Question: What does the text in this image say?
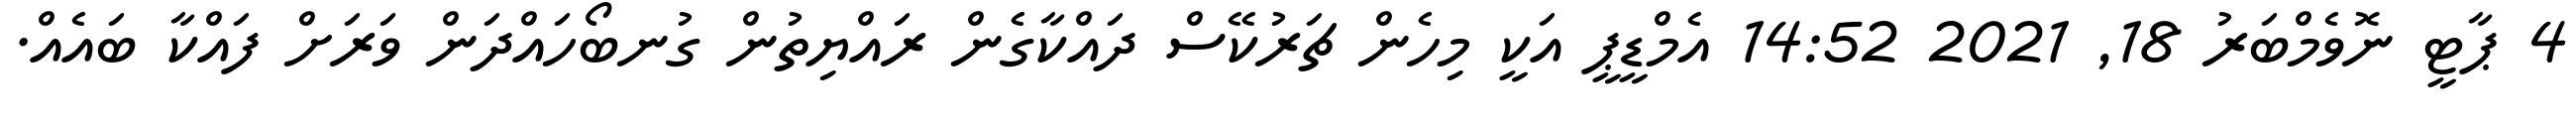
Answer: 4 ޕާޓީ ނޮވެމްބަރު 18, 2021 14:52 އެމްޑީޕީ އަކީ މިހެން ޗަރުކޭސް ދައްކާގެން ރައްޔިތުން ގުނބޯހައްދަން ވަރަށް ފައްކާ ބައެއް.